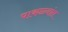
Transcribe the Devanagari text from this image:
पाकळ्यांत